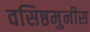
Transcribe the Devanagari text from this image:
वसिष्ठमुनीस